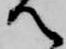
御